Annual administration report of the Civil Veterinary Department of India - 1898-1899
Year: 1898
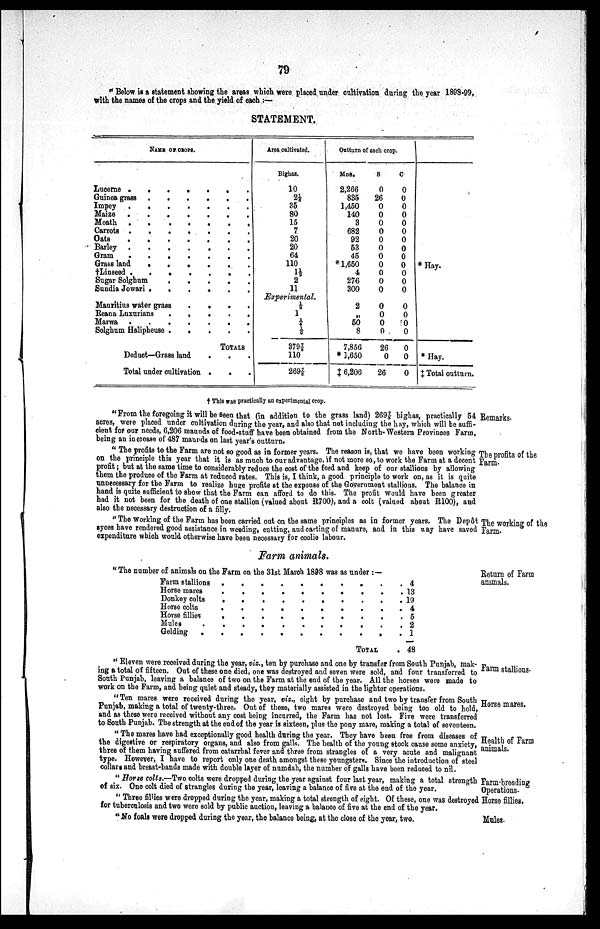
79
"Below is a statement showing the areas which were placed under cultivation during the year 1898-99,
with the names of the crops and the yield of each:—
STATEMENT.
NAME OF ORPS.
Lucerne .
.
.
.
.
.
. .
Guinea grass
.
.
.
.
.
.
.
Impey . . . . . . . . .
Maize . . . . . . . . .
Moath .
.
.
.
.
.
.
Carrots . . . . . . . . .
Oats . . . . . . . .
Barley
.
.
.
.
.
.
.
.
Gram
.
.
.
.
.
.
.
.
Grass land . . . . . . . . .
†Linseed . . . . . . . . .
Sugar Solghum . . . . . . . . .
Sundia Jowari . . . . . . . . .
Mauritius water grass . . . . . . . . .
Bean a Luxurians
.
.
.
.
.
Marwa . . . . . . . . .
Solghum Halipheuse . . . . . . . . .
TOTALS
Deduct—Grass land . . .
Total under cultivation . . .
Area cultivated.
Bighas.
10
21/8
35
80
15
7
20
20
64
110
11/3
2
11
Experimental.
1/8
1
¼
½
3797/8
110
2697/8
Outturn of each crop.
MDS.
2,266
835
1,450
140
3
682
92
53
45
* 1,650
4
276
300
2
„
50
8
7,856
* 1,650
‡ 6,206
S
0
26
0
0
0
0
0
0
0
0
0
0
0
0
0
0
0
26
0
26
C
0
0
0
0
0
0
0
0
0
0
0
0
0
0
0
0
0
0
0
0
* Hay.
* Hay.
‡ Total outturn.
† This was practically an experimental crop.
Remarks.
"From the foregoing it will be seen that (in addition to the grass land) 2697/8 bighas, practically 54
acres, were placed under cultivation during the year, and also that not including the hay, which will be suffi-
cient for our needs, 6,206 maunds of food-stuff have been obtained from the North-Western Provinces Farm,
being an increase of 487 maunds on last year's outturn.
The profits of the
Farm.
"The profits to the Farm are not so good as in former years. The reason is, that we have been working
on the principle this year that it is as much to our advantage, if not more so, to work the Farm at a decent
profit; but at the same time to considerably reduce the cost of the feed and keep of our stallions by allowing
them the produce of the Farm at reduced rates. This is, I think, a good principle to work on, as it is quite
unnecessary for the Farm to realize huge profits at the expense of the Government stallions. The balance in
hand is quite sufficient to show that the Farm can afford to do this. The profit would have been greater
had it not been for the death of one stallion (valued about R700), and a colt (valued about R100), and
also the necessary destruction of a filly.
The working of the
Farm.
''The working of the Farm has been carried out on the same principles as in former years. The Depôt
syces have rendered good assistance in weeding, cutting, and carting of manure, and in this way have saved
expenditure which would otherwise have been necessary for coolie labour.
Farm animals.
Return of Farm
animals.
"The number of animals on the Farm on the 31st March 1898 was as under:—
Farm stallions . . . . . . . . . .
Horse mares . . . . . . . . . .
Donkey colts . . . . . . . . . .
Horse colts . . . . . . . . . .
Horse fillies . . . . . . . . . .
Mules . . . . . . . . . .
Gleding . . . . . . . . . .
TOTAL .
4
13
19
4
5
2
1
48
Farm stallions.
"Eleven were received during the year, viz., ten by purchase and one by transfer from South Punjab, mak-
ing a total of fifteen. Out of these one died, one was destroyed and seven were sold, and four transferred to
South Punjab, leaving a balance of two on the Farm at the end of the year. All the horses were made to
work on the Farm, and being quiet and steady, they materially assisted in the lighter operations.
Horse mares.
"Ten mares were received during the year, viz., eight by purchase and two by transfer from South
Punjab, making a total of twenty-three. Out of these, two mares were destroyed being too old to hold,
and as these were received without any cost being incurred, the Farm has not lost. Five were transferred
to South Punjab. The strength at the end of the year is sixteen, plus the pony mare, making a total of seventeen.
Health of Farm
animals.
"The mares have had exceptionally good health during the year. They have been free from diseases of
the digestive or respiratory organs, and also from galls. The health of the young stock cause some anxiety,
three of them having suffered from catarrhal fever and three from strangles of a very acute and malignant
type. However, I have to report only one death amongst these youngsters. Since the introduction of steel
collars and breast-bands made with double layer of numdah, the number of galls have been reduced to nil.
Farm-breeding
Operations.
Horse fillies.
"Horse colts.—Two colts were dropped during the year against four last year, making a total strength
of six. One colt died of strangles during the year, leaving a balance of five at the end of the year.
"Three fillies were dropped during the year, making a total strength of eight. Of these, one was destroyed
for tuberculosis and two were sold by public auction, leaving a balance of five at the end of the year.
Mules.
" No foals were dropped during the year, the balance being, at the close of the year, two.